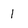
Character: 1